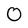
Character: 0